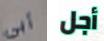
أبي أجل